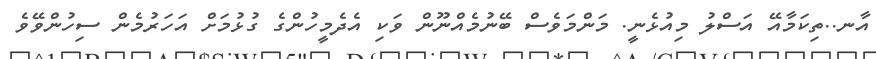
އާނ..ތިކަމާއޭ އަސްލު މިއުޅެނީ. މަންމަވެސް ބޭނުމެއްނޫން ވަކި އެދެމީހުންގެ ގުޅުމަށް އަހަރުމެން ސިހުންވޭވެ